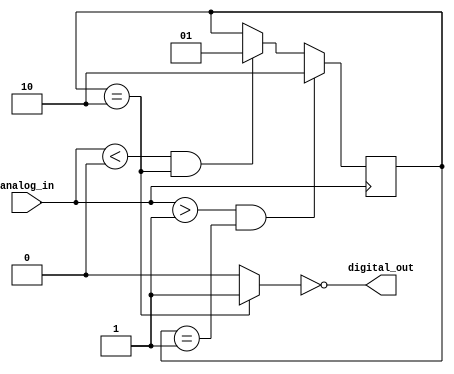
module Schmitt_trigger_inverter (
    input wire analog_in,
    output wire digital_out
);

reg Schmitt_out;
reg [1:0] state;

always @ (posedge analog_in)
begin
    if (analog_in > 1'b1 && state == 2'b01)
        state <= 2'b10;
    else if (analog_in < 1'b0 && state == 2'b10)
        state <= 2'b01;
end

always @ (*)
begin
    case(state)
        2'b01: 
            Schmitt_out = 1'b0;
        2'b10: 
            Schmitt_out = 1'b1;
        default: 
            Schmitt_out = 1'b0;
    endcase
end

assign digital_out = ~Schmitt_out;

endmodule